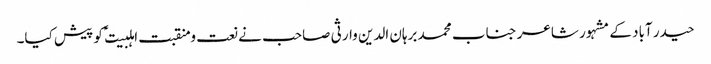
حیدر آباد کے مشہور شاعر جناب محمد برہان الدین وارثی صاحب نے نعت و منقبت اہلبیت ؑ کو پیش کیا۔